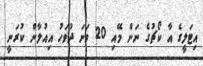
އިޓަލީގެ އާ ކޯޗުގެ ނަން މޭއި 20 ވަނަ ދުވަހު އިއުލާން ކުރަނީ